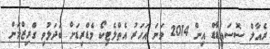
ރެއާލް ސޮސައިޑާޑް އިން 2014 ވަނަ އަހަރު އެތްލެޓިކޯ މެޑްރިޑަށް ބަދަލުވި ގްރިޒްމަން